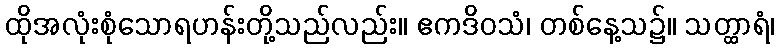
ထိုအလုံးစုံသောရဟန်းတို့သည်လည်း။ ဧကဒိဝသံ၊ တစ်နေ့သ၌။ သတ္ထာရံ၊